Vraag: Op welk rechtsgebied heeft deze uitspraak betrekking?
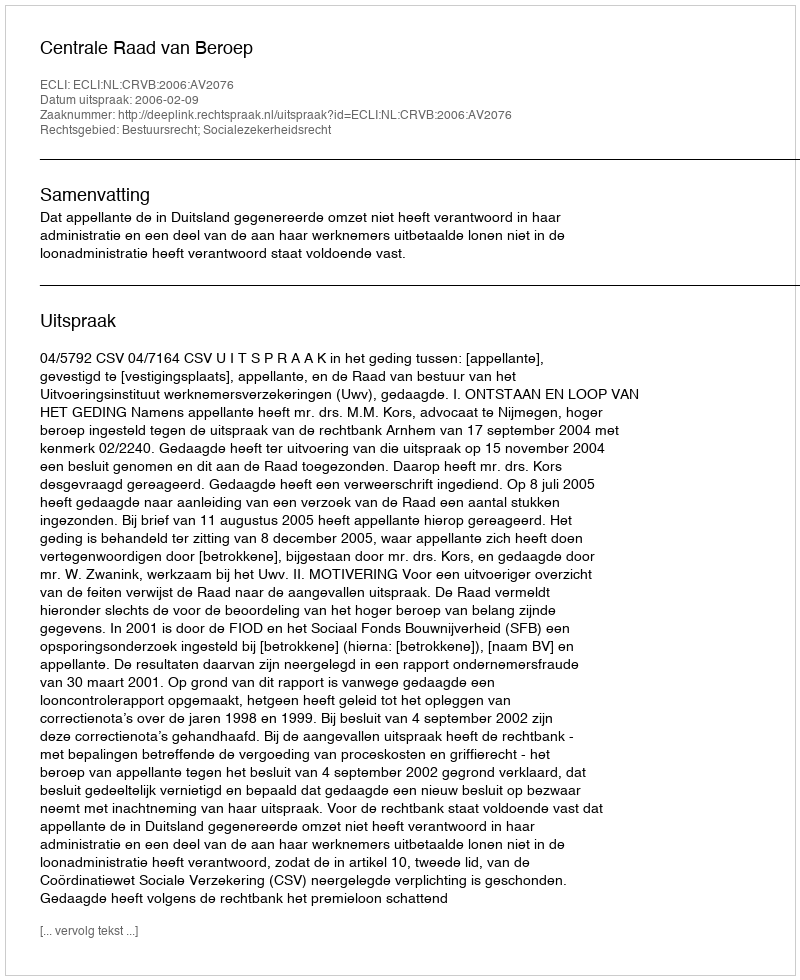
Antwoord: Bestuursrecht; Socialezekerheidsrecht